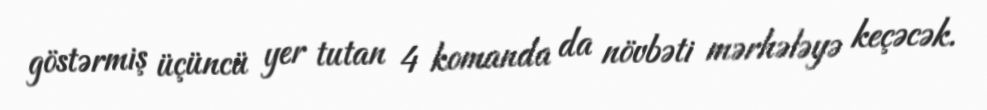
göstərmiş üçüncü yer tutan 4 komanda da növbəti mərhələyə keçəcək.